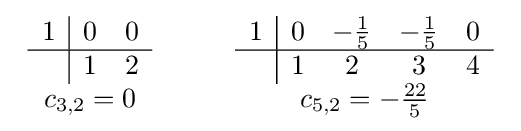
{\begin{array}{c}{\begin{array}{c|cc}1&0&0\\\hline &1&2\end{array}}\\c_{3,2}=0\end{array}}\qquad {\begin{array}{c}{\begin{array}{c|cccc}1&0&-{\frac {1}{5}}&-{\frac {1}{5}}&0\\\hline &1&2&3&4\end{array}}\\c_{5,2}=-{\frac {22}{5}}\end{array}}